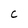
Character: C